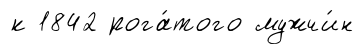
к 1842 рога́того мужчи́н